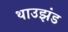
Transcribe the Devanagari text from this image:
थाउझंड